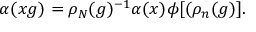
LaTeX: \alpha ( x g ) = \rho _ { N } ( g ) ^ { - 1 } \alpha ( x ) \phi [ ( \rho _ { n } ( g ) ] .